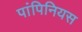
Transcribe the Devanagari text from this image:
पांपिनियस